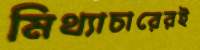
মিথ্যাচারেরই